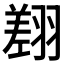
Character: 𦑺